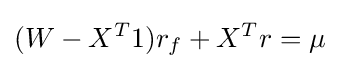
(W-X^{T}1)r_{f}+X^{T}r=\mu